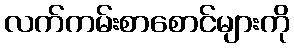
လက်ကမ်းစာစောင်များကို